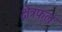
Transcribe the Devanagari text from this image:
क्षेत्रफलः